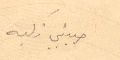
حبيبتي زكيه